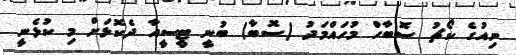
ނިއުގެ ކޯޗު ސޮބާހް މުހައްމަދު (ސޮބާ) ބުނީ ޓީސީއާ ދެކޮޅަށް މި ކުޅެނީ